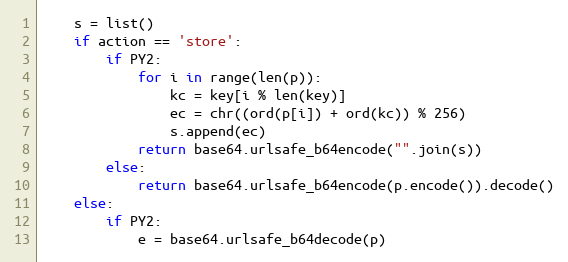
Language: Python
    s = list()
    if action == 'store':
        if PY2:
            for i in range(len(p)):
                kc = key[i % len(key)]
                ec = chr((ord(p[i]) + ord(kc)) % 256)
                s.append(ec)
            return base64.urlsafe_b64encode("".join(s))
        else:
            return base64.urlsafe_b64encode(p.encode()).decode()
    else:
        if PY2:
            e = base64.urlsafe_b64decode(p)